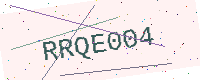
Text: RRQE004